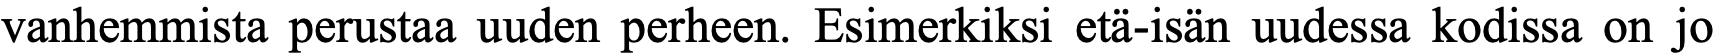
vanhemmista perustaa uuden perheen. Esimerkiksi etä-isän uudessa kodissa on jo